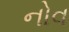
નોવ